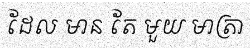
ដែល មាន តែ មួយ មាត្រា